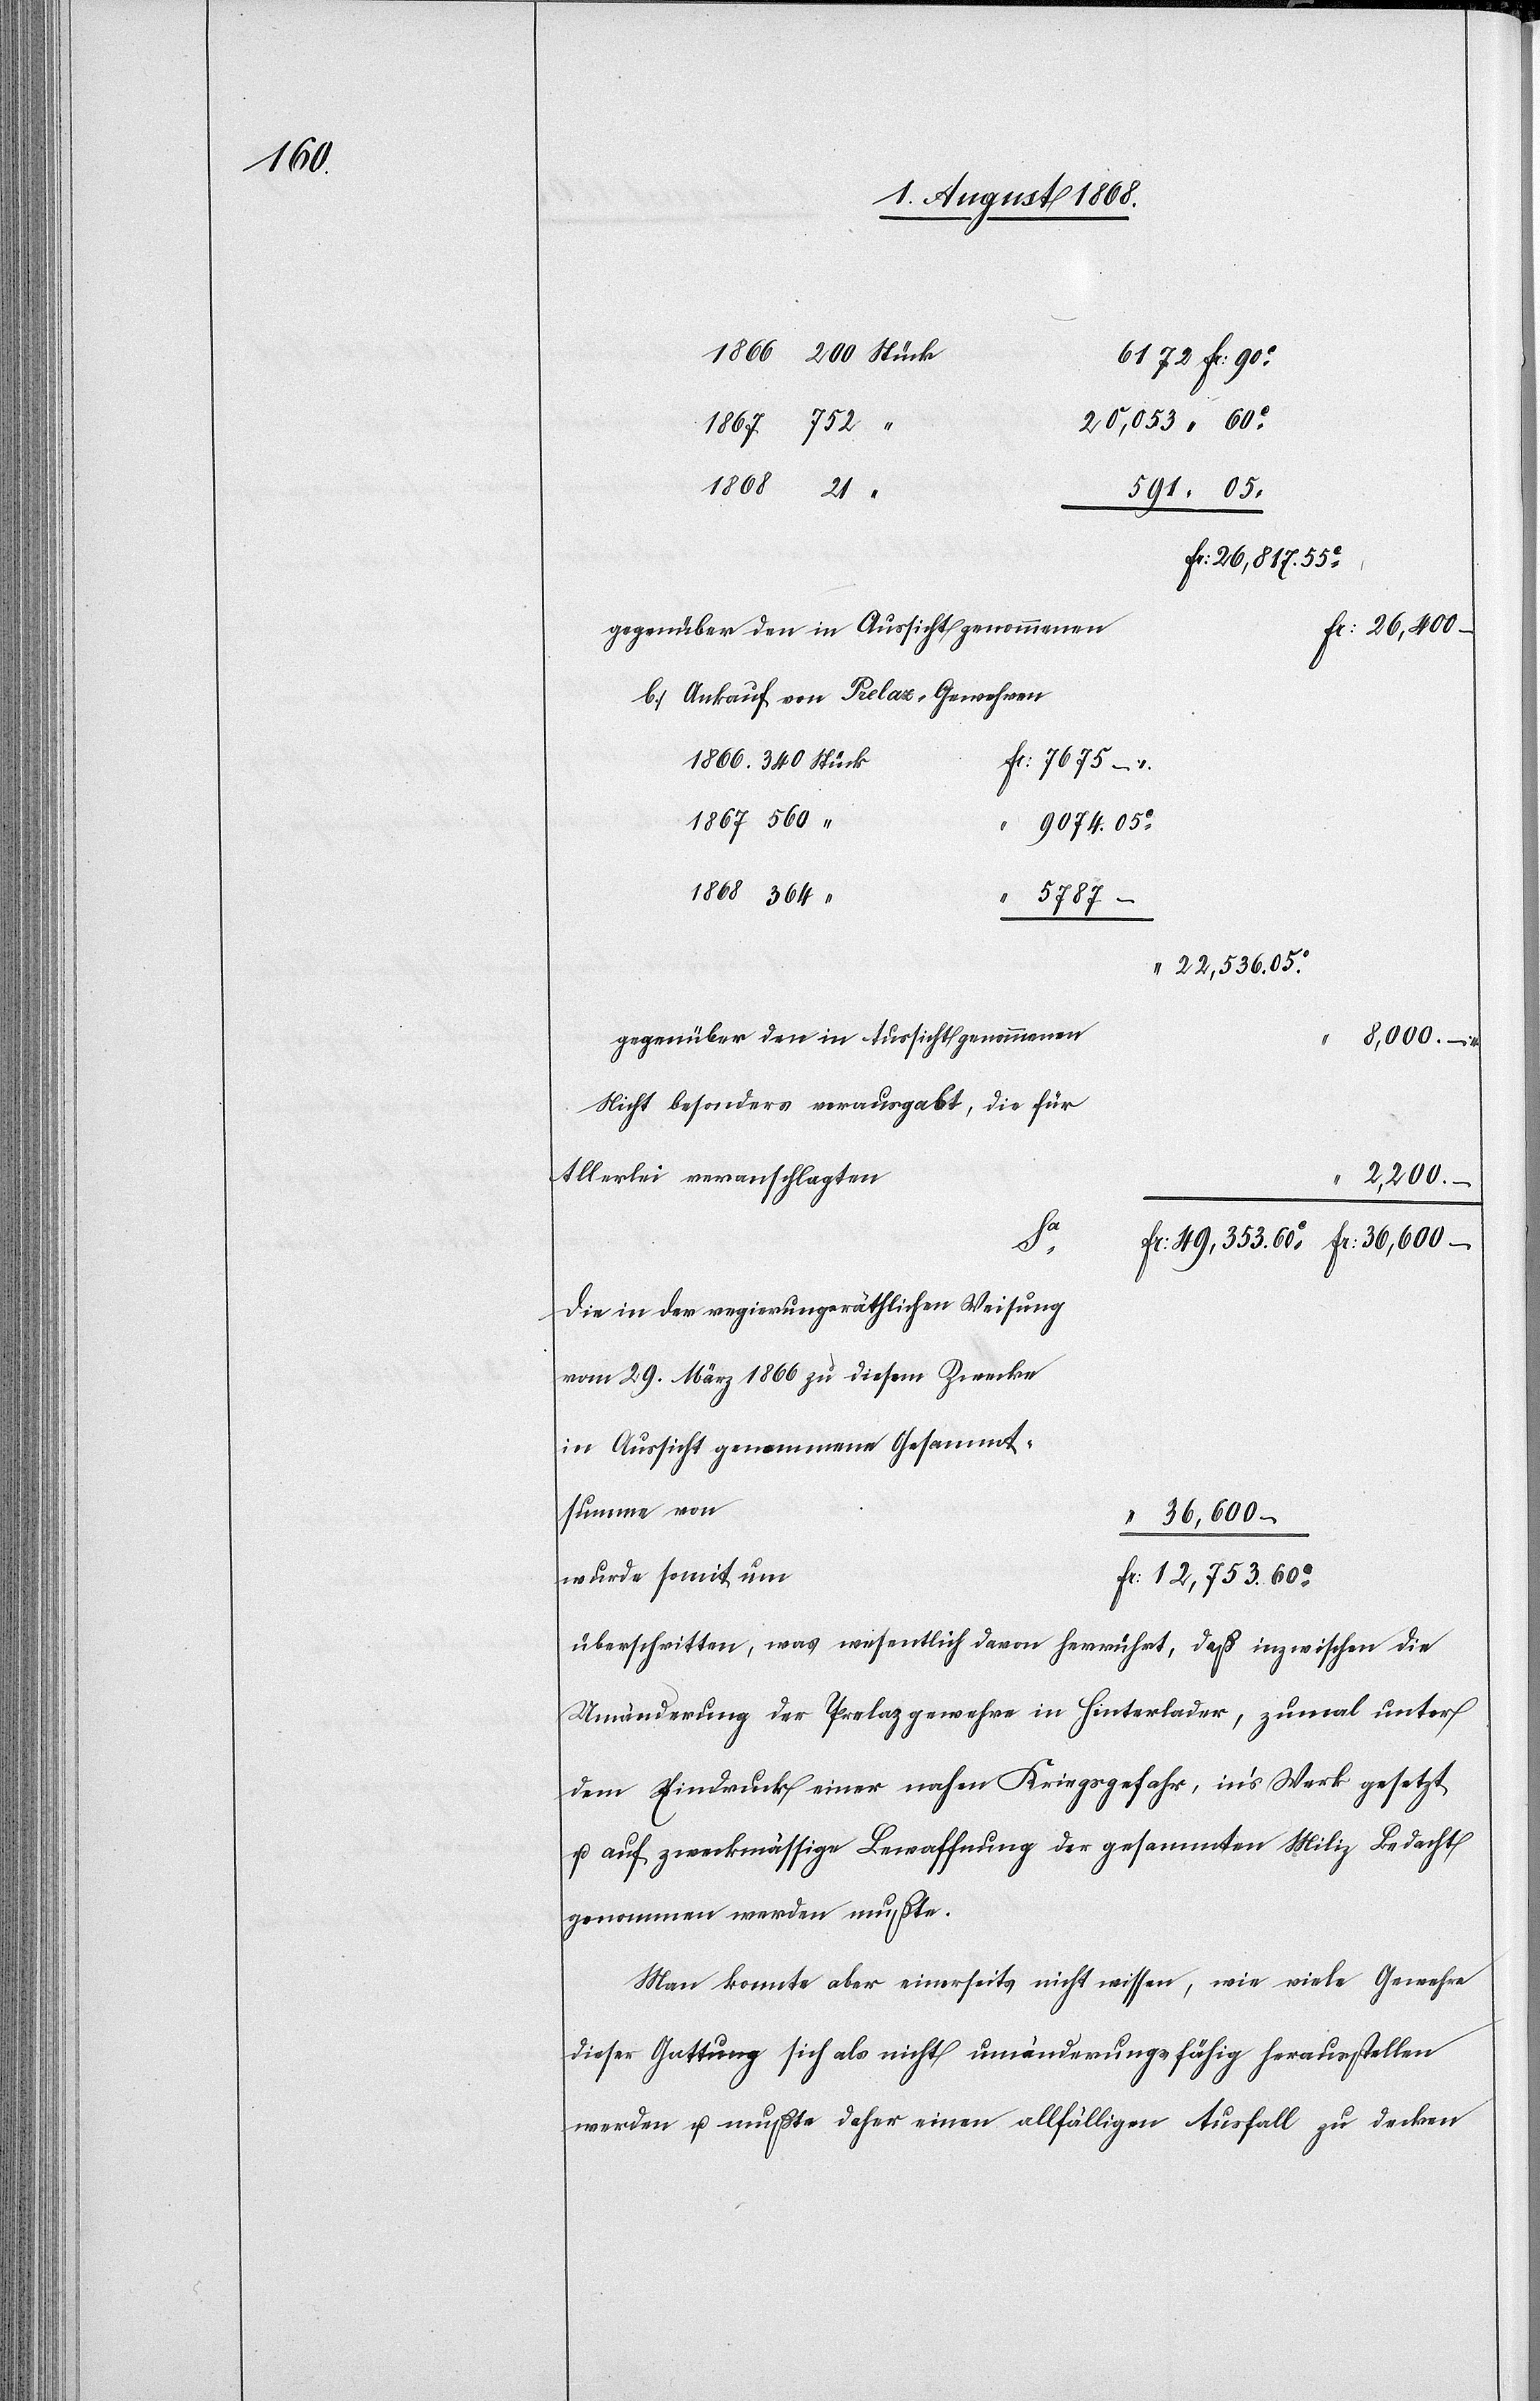
1866 340 Stück
6 172 Fr: 90c
20,053 “ 60c
1867 752 “
1868 21 “
591 “ 05
Fr: 26,817. 55c
gegenüber den in Aussicht genommenen
Fr: 36,600 –
Ankauf von Prelaz-Gewehren
Fr: 7675 –
1867 560 “
9074. 05c
1868 364 “
“ 5787 –
“ 22,536. 05c
gegenüber den in Aussicht genommenen
8,000 –
Nicht besonders verausgabt, die für
Allerlei veranschlagten
2,200 –
Sa.
Die in der regierungsräthlichen Weisung
vom 29. März 1866 zu diesem Zwecke
in Aussicht genommene Gesammt¬
summe von
“ 36,600 –
wurde somit um
Fr: 12,753. 60c
überschritten, was wesentlich davon herrührt, daß inzwischen die
Umänderung der Prelazgewehre in Hinterlader, zumal unter
dem Eindruck einer nahen Kriegsgefahr, in’s Werk gesetzt
u. auf zweckmässige Bewaffnung der gesammten Miliz Bedacht
genommen werden mußte.
Man konnte aber einerseits nicht wissen, wie viele Gewehre
dieser Gattung sich als nicht umänderungsfähig herausstellen
werden u. mußte daher einen allfälligen Ausfall zu decken